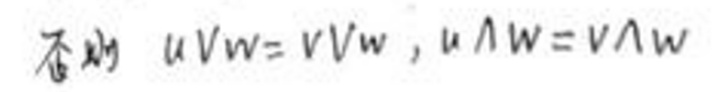
否则 \(u \vee w = v \vee w\), \(u \wedge w = v \wedge w\)